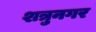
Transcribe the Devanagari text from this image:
शत्रुनगर